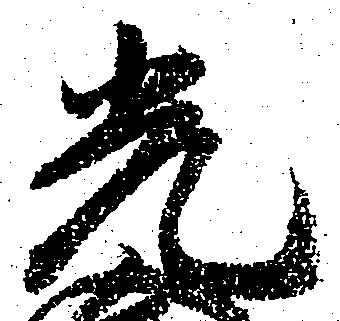
光